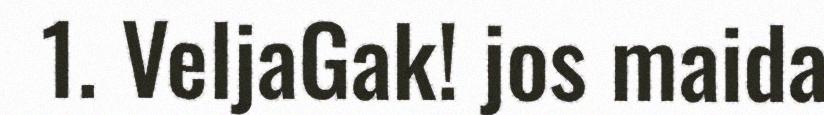
1. VeljaGak! jos maida